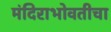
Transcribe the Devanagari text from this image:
मंदिराभोवतीचा